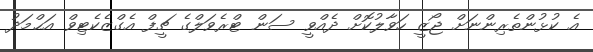
އެ ކުޅުންތެރިންނަށް ޖޯޒީ ހަވާލުކޮށް ދެއްވީ ސަން ޓްރެވަލްގެ ޗީފް އެގްޒެކެޓިވް އަޙްމަދު